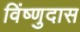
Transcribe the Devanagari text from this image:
विंष्णुदास